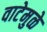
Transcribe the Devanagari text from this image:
वाटेमुळे